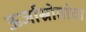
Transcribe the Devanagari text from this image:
ऊर्जास्रोतांचा